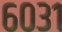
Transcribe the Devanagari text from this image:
६०३१